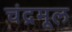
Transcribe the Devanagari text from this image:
चंद्रमूल